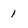
Character: 1